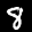
Digit: 8